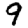
Digit: 9